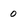
Character: 0